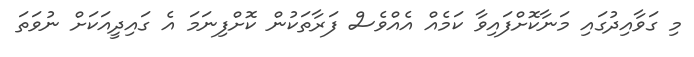
މި ގަވާއިދުގައި މަނާކޮށްފައިވާ ކަމެއް އެއްވެސް ފަރާތަކުން ކޮށްފިނަމަ އެ ގައިދީއަކަށް ނުވަތަ